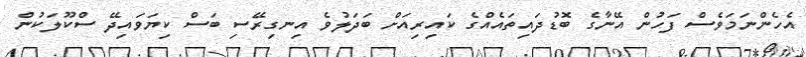
އެހެންނަމަވެސް ފަހުން އޭނާގެ ބޮޑުދައިތައެއްގެ ކައިރިއަށް ބަދަލުވެ އިނގިރޭސި ބަސް ކިޔަވައިދޭ ސްކޫލަކުން